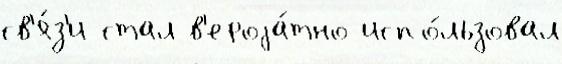
св'я́з'и стал в'ероjа́тно испо́льзовал